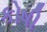
કોષી